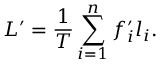
L ^ { \prime } = \frac { 1 } { T } \sum _ { i = 1 } ^ { n } f _ { i } ^ { \prime } l _ { i } .